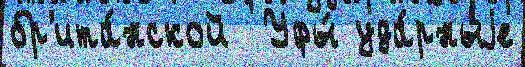
бр'ита́нской  Уфы́ уда́рныjе